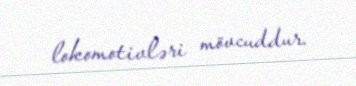
lokomotivləri mövcuddur.